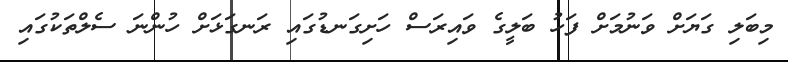
މިބަލި ގަޔަށް ވަނުމަށް ފަހު ބަލީގެ ވައިރަސް ހަށިގަނޑުގައި ރަނގަޅަށް ހުންނަ ސެލްތަކުގައި